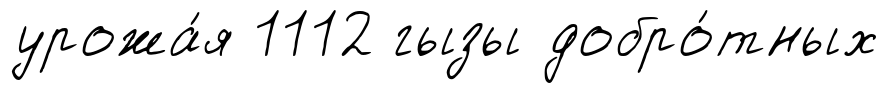
урожа́я 1112 гызы добро́тных